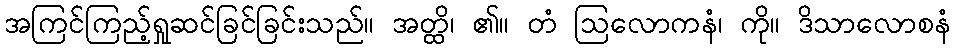
အကြင်ကြည့်ရှုဆင်ခြင်ခြင်းသည်။ အတ္ထိ၊ ၏။ တံ ဩလောကနံ၊ ကို။ ဒိသာလောစနံ